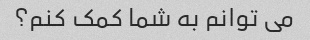
می توانم به شما کمک کنم؟